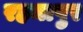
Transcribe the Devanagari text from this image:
रहमापुर